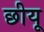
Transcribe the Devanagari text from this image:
छीयू